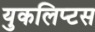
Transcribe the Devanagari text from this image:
युकलिप्टस